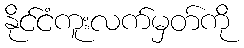
နိုင်ငံကူးလက်မှတ်ကို